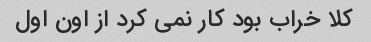
کلا خراب بود کار نمی کرد از اون اول